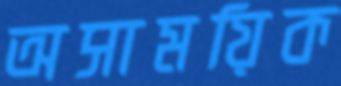
অসাময়িক